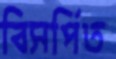
বিসর্পিত